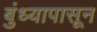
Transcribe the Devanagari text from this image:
बुंध्यापासून